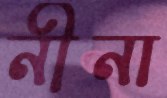
নীনা